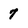
Character: 7